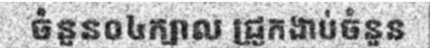
ចំនួន០៤ក្បាល ជ្រូកងាប់ចំនួន